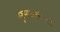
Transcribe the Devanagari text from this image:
गुरूमाऊलीला